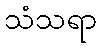
သံသရာ